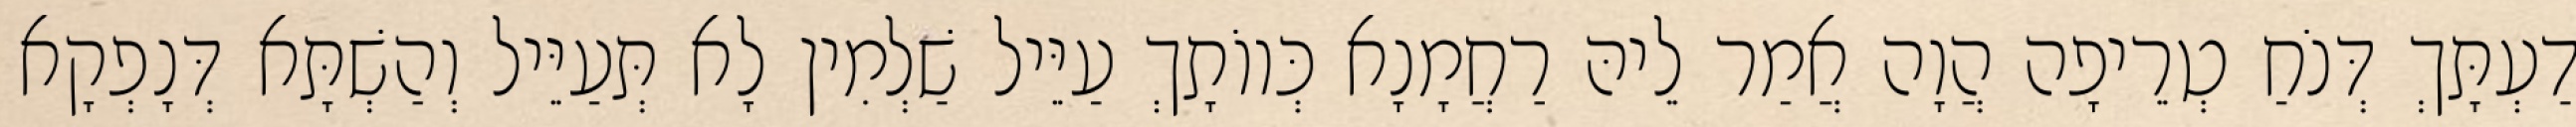
דַעְתָּךְ דְּנֹחַ טְרֵיפָה הֲוָה אֲמַר לֵיהּ רַחֲמָנָא כְּווֹתָךְ עַיֵּיל שַׁלְמִין לָא תְּעַיֵּיל וְהַשְׁתָּא דְּנָפְקָא